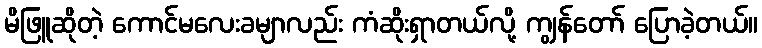
မိဖြူဆိုတဲ့ ကောင်မလေးခမျာလည်း ကံဆိုးရှာတယ်လို့ ကျွန်တော် ပြောခဲ့တယ်။